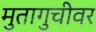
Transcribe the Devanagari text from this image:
मुतागुचीवर